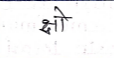
मजकूर: क्षो